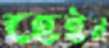
হেইন